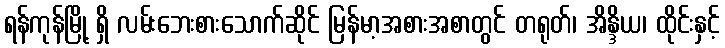
ရန်ကုန်မြို့ ရှိ လမ်းဘေးစားသောက်ဆိုင် မြန်မာ့အစားအစာတွင် တရုတ်၊ အိန္ဒိယ၊ ထိုင်းနှင့်